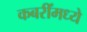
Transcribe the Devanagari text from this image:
कबरींमध्ये